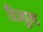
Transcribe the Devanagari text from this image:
प्रिज्युम्ड